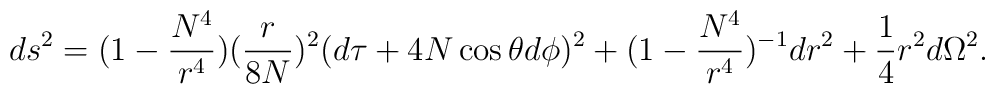
ds^2 = (1-\frac{N^4}{r^4})(\frac{r}{8N})^2(d\tau + 4N\cos\theta d\phi)^2 + (1-\frac{N^4}{r^4})^{-1}dr^2 + \frac{1}{4}r^2d\Omega^2.